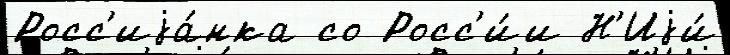
Росс'иjа́нка со Росс'и́и Н'Иjи́